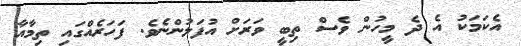
އެކަމަކު އެ ދެ މީހުން ވެސް ތިބީ ވަރަށް އުފަލުންނެވެ. ފަހަރެއްގައި ތިމާއާ